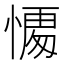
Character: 𭞥